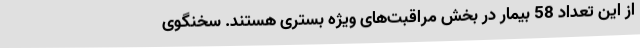
از این تعداد 58 بیمار در بخش مراقبت‌های ویژه بستری هستند. سخنگوی